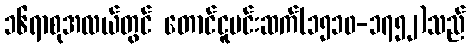
၁၆ရာစုအလယ်တွင် တောင်ငူမင်းဆက်(၁၅၁၀-၁၇၅၂)သည်